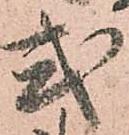
式